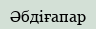
Әбдіғапар